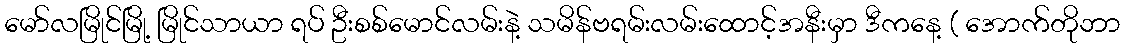
မော်လမြိုင်မြို့ မြိုင်သာယာ ရပ် ဦးစစ်မောင်လမ်းနဲ့ သမိန်ဗရမ်းလမ်းထောင့်အနီးမှာ ဒီကနေ့ ( အောက်တိုဘာ